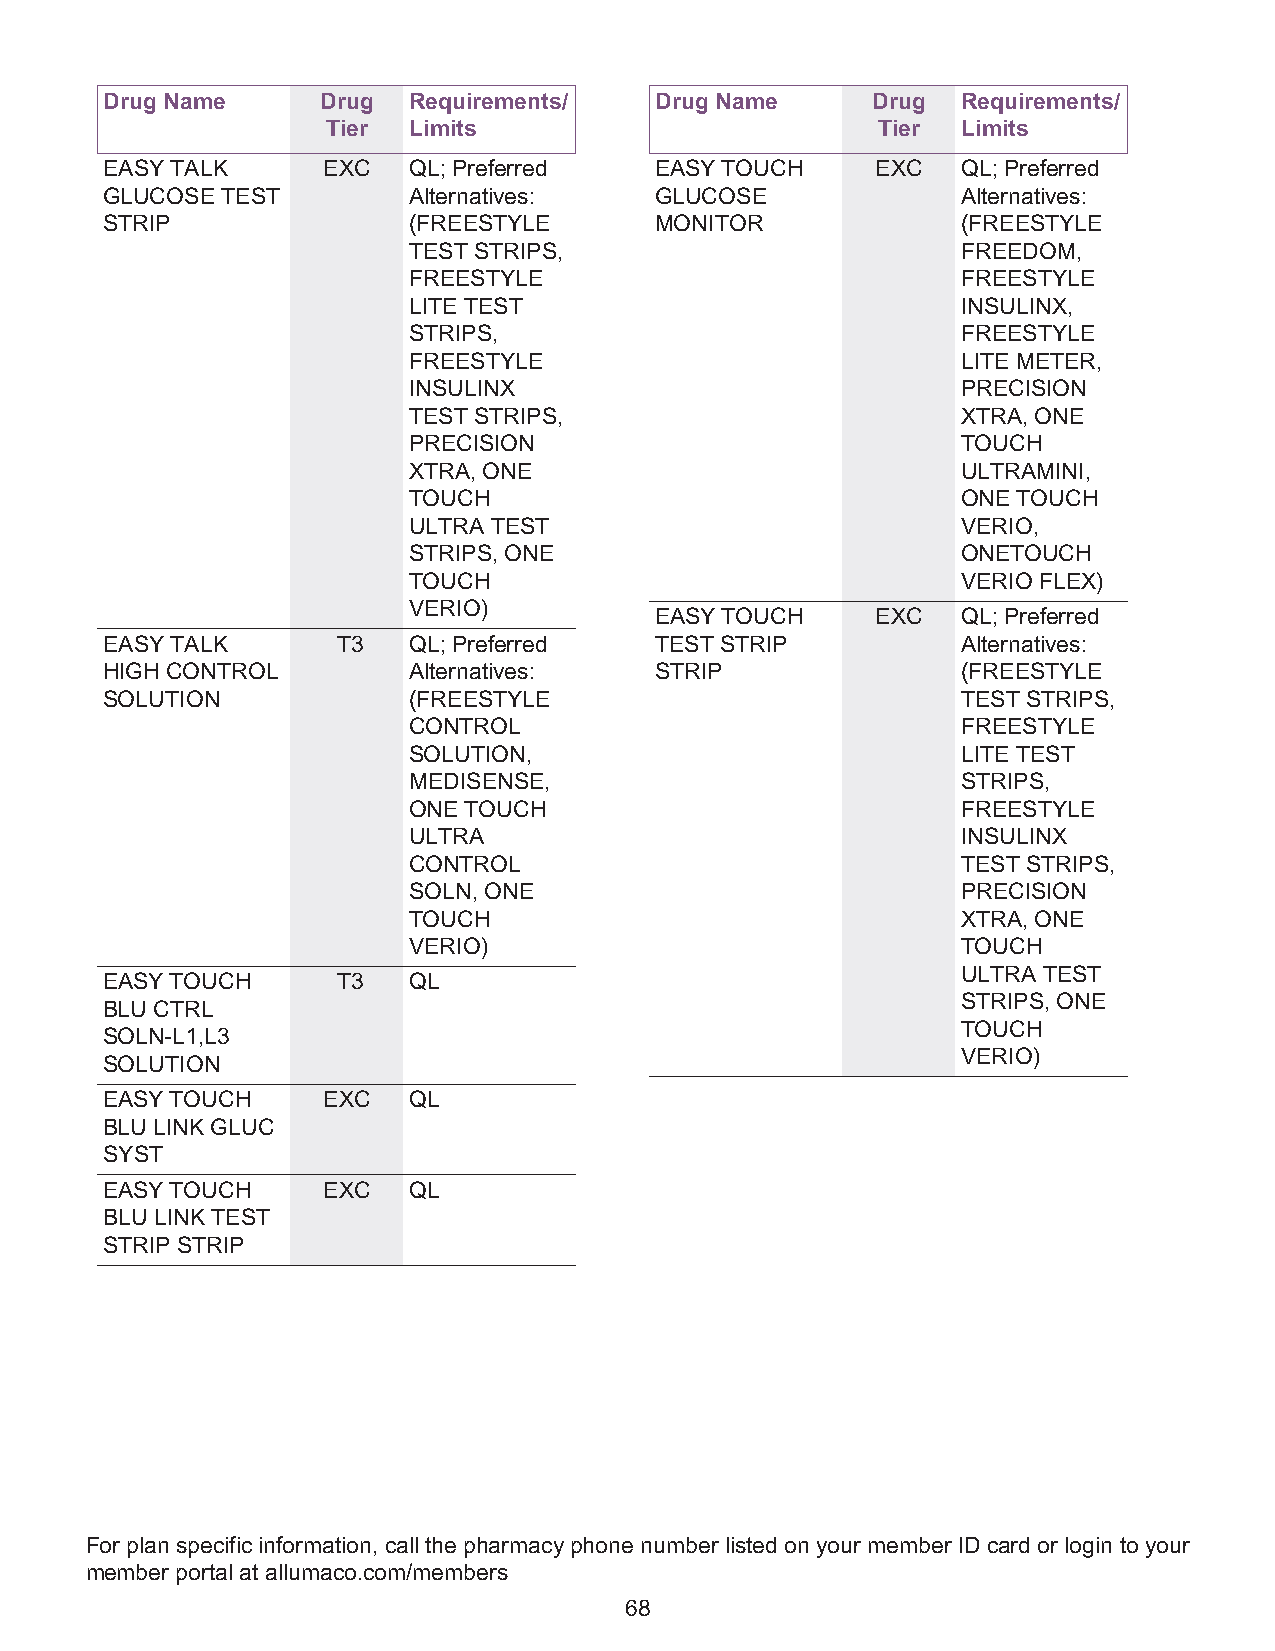
Drug Name     Drug  Requirements/   Drug Name      Drug  Requirements/
 Tier Limits                         Tier  Limits
 EASY TALK     EXC   QL; Preferred   EASY TOUCH     EXC   QL; Preferred
 GLUCOSE TEST        Alternatives:   GLUCOSE              Alternatives:
 STRIP               (FREESTYLE      MONITOR              (FREESTYLE
 TEST STRIPS,                         FREEDOM,
 FREESTYLE                            FREESTYLE
 LITE TEST                            INSULINX,
 STRIPS,                              FREESTYLE
 FREESTYLE                            LITE METER,
 INSULINX                             PRECISION
 TEST STRIPS,                         XTRA, ONE
 PRECISION                            TOUCH
 XTRA, ONE                            ULTRAMINI,
 TOUCH                                ONE TOUCH
 ULTRA TEST                           VERIO,
 STRIPS, ONE                          ONETOUCH
 TOUCH                                VERIO FLEX)
 VERIO)
 EASY TOUCH     EXC   QL; Preferred
 EASY TALK      T3   QL; Preferred   TEST STRIP           Alternatives:
 HIGH CONTROL        Alternatives:   STRIP                (FREESTYLE
 SOLUTION            (FREESTYLE                           TEST STRIPS,
 CONTROL                              FREESTYLE
 SOLUTION,                            LITE TEST
 MEDISENSE,                           STRIPS,
 ONE TOUCH                            FREESTYLE
 ULTRA                                INSULINX
 CONTROL                              TEST STRIPS,
 SOLN, ONE                            PRECISION
 TOUCH                                XTRA, ONE
 VERIO)                               TOUCH
 ULTRA TEST
 EASY TOUCH     T3   QL
 STRIPS, ONE
 BLU CTRL
 TOUCH
 SOLN-L1,L3
 VERIO)
 SOLUTION
 EASY TOUCH    EXC   QL
 BLU LINK GLUC
 SYST
 EASY TOUCH    EXC   QL
 BLU LINK TEST
 STRIP STRIP
 For plan specific information, call the pharmacy phone number listed on your member ID card or login to your
 member portal at allumaco.com/members
 68